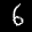
Label: 6